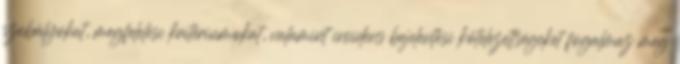
szabályokat, megfelelési kritériumokat, valamint incidens bejelentési kötelezettségeket fogalmaz meg